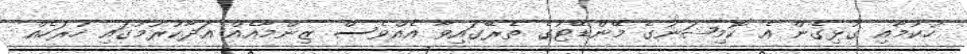
ހުކުމާއި ގުޅިގެން އެ ކޮމިޝަނުގެ މޭންޑޭޓުގެ ތެރޭގައިވާ އެއްވެސް ޒިންމާއެއް އަދާކުރުމުގައި ހުރަހެއް